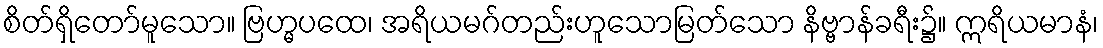
စိတ်ရှိတော်မူသော။ ဗြဟ္မပထေ၊ အရိယမဂ်တည်းဟူသောမြတ်သော နိဗ္ဗာန်ခရီး၌။ ဣရိယမာနံ၊